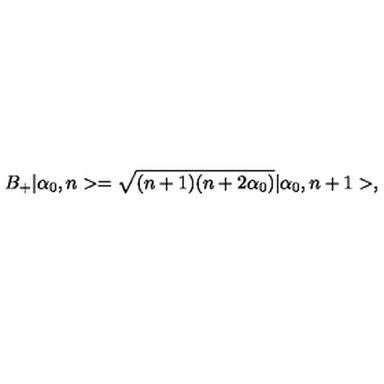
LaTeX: B _ { + } | \alpha _ { 0 } , n > = \sqrt { ( n + 1 ) ( n + 2 \alpha _ { 0 } ) } | \alpha _ { 0 } , n + 1 > ,